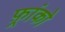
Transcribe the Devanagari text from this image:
फ़्रांको